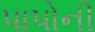
પાપોની